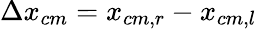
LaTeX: \Delta x_{cm}=x_{cm,r}-x_{cm,l}